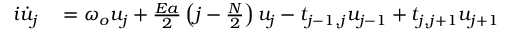
\begin{array} { r l } { i \dot { u } _ { j } } & { { } = \omega _ { o } u _ { j } + \frac { E a } { 2 } \left( j - \frac { N } { 2 } \right) u _ { j } - t _ { j - 1 , j } u _ { j - 1 } + t _ { j , j + 1 } u _ { j + 1 } } \end{array}